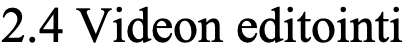
2.4 Videon editointi